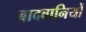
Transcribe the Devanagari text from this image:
बादबानियों